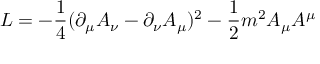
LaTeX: { \cal L } = - \frac { 1 } { 4 } ( \partial _ { \mu } A _ { \nu } - \partial _ { \nu } A _ { \mu } ) ^ { 2 } - \frac { 1 } { 2 } m ^ { 2 } A _ { \mu } A ^ { \mu }